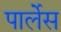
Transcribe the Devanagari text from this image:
पार्लेस